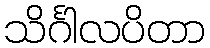
သိင်္ဂါလပိတာ